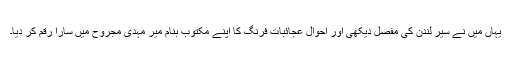
یہاں میں نے سیر لندن کی مفصّل دیکھی اور احوال عجائباتِ فرنگ کا اپنے مکتوب بنام میر مہدی مجروح میں سارا رقم کر دیا۔